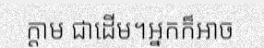
ក្តាម ជាដើម។អ្នកក៏អាច